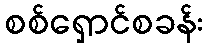
စစ်ရှောင်စခန်း